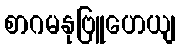
စာဂမနုဗြူဟေယျ